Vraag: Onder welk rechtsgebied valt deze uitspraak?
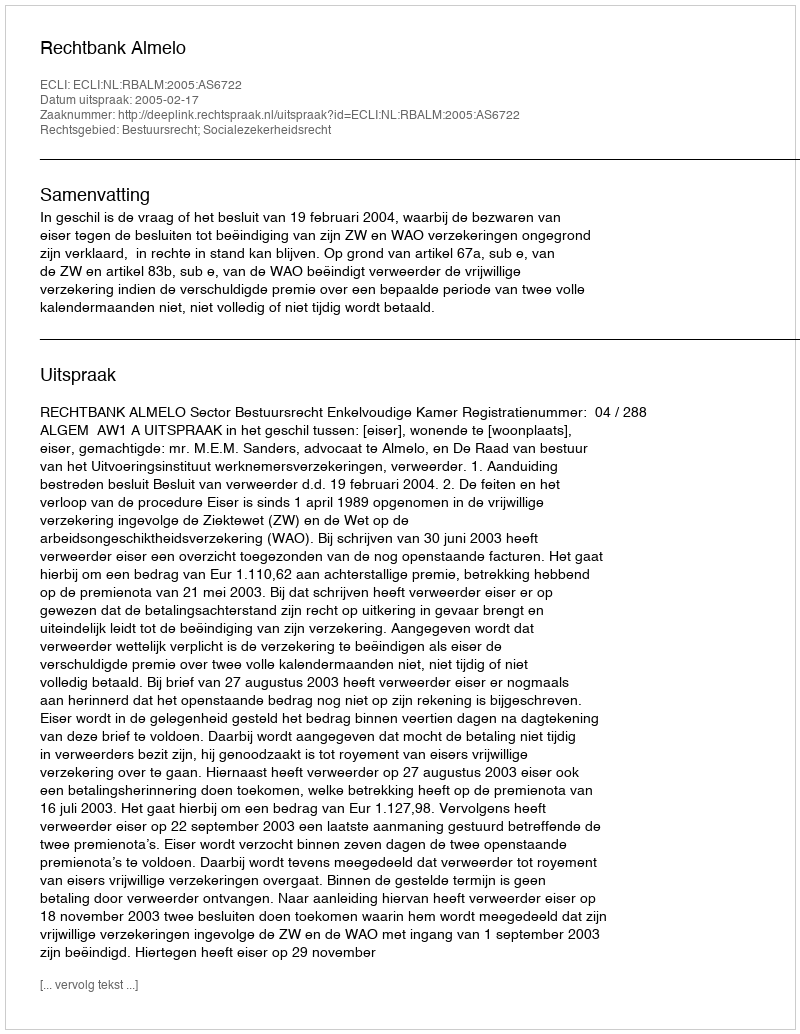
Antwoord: Bestuursrecht; Socialezekerheidsrecht